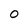
Character: 0